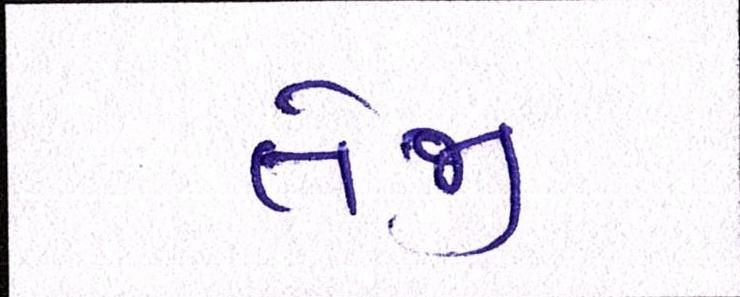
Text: તેજી